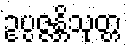
ဥပ္ပဇ္ဇန္တိသုတ္တ